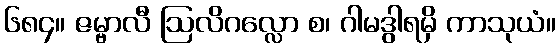
၆၈၄။ ဇမ္ဗာလီ ဩလိဂလ္လော စ၊ ဂါမဒွါရမှိ ကာသုယံ။